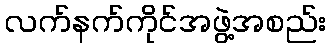
လက်နက်ကိုင်အဖွဲ့အစည်း